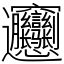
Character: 𰻝